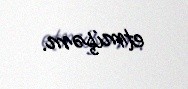
etmişəm.